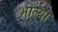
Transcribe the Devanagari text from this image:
भाल्या